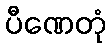
ပီဏေတုံ